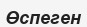
Өспеген